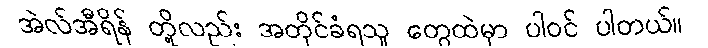
အဲလ်အီရိန် တို့လည်း အတိုင်ခံရသူ တွေထဲမှာ ပါဝင် ပါတယ်။